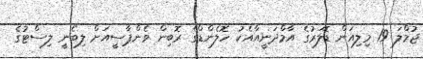
ޖުމްލަ 19 މިލިއަން ޑޮލަރުގެ އާމްދަނީއާއެކު ހޮލެންޑްގެ ރޮބިން ވެންޕާސީއަށް ލިބެނީ ލިސްޓުގެ